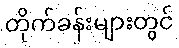
တိုက်ခန်းများတွင်